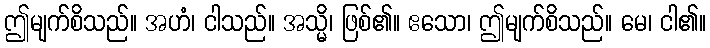
ဤမျက်စိသည်။ အဟံ၊ ငါသည်။ အသ္မိ၊ ဖြစ်၏။ ဧသော၊ ဤမျက်စိသည်။ မေ၊ ငါ၏။